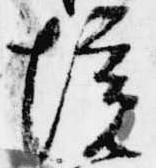
境